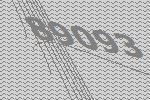
89093